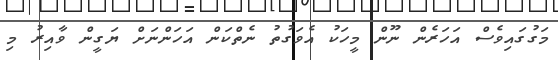
މަގުގައިވެސް އަހަރެން ނޫން މީހަކު އެވަގުތު ނެތްކަން އަހަންނަށް ޔަގީން ވާއިރު މި